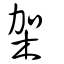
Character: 架